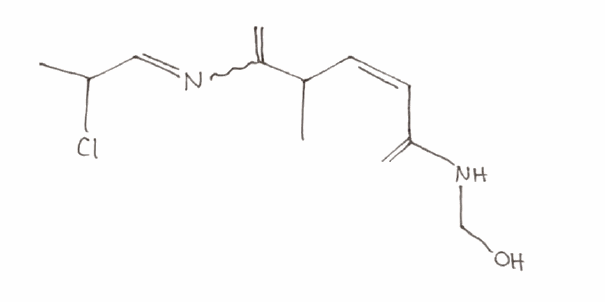
Simplified molecular-input line-entry system (SMILES) notation of the given molecule:
CC(/C=C\C(=C)NCO)C(=C)N=CC(C)Cl